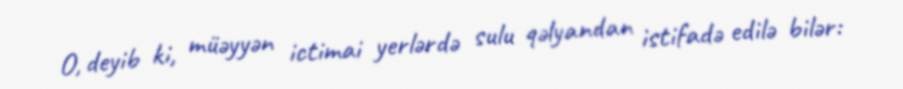
O, deyib ki, müəyyən ictimai yerlərdə sulu qəlyandan istifadə edilə bilər: